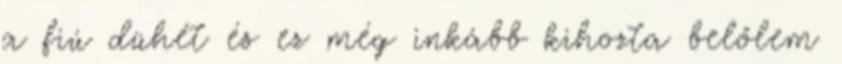
a fiú dühét és ez még inkább kihozta belőlem